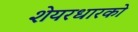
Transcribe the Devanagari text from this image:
शेयरधारको